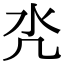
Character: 𣱻